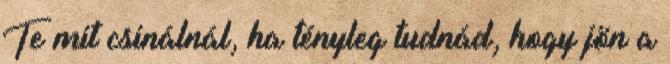
Te mit csinálnál, ha tényleg tudnád, hogy jön a